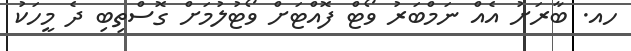
ހއ. ބާރަށު އެއް ނަމްބަރު ވޯޓް ފޮއްޓަށް ވޯޓުލުމަށް ގޮސްތިބި ދެ މީހަކު